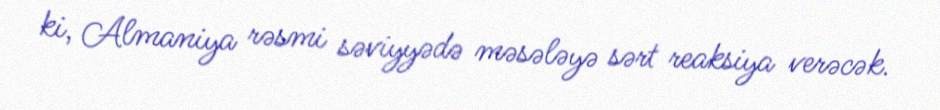
ki, Almaniya rəsmi səviyyədə məsələyə sərt reaksiya verəcək.